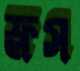
ফ্লস